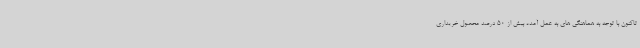
تاکنون با توجه به هماهنگی های به عمل آمده بیش از 50 درصد محصول خریداری